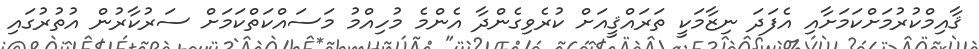
ޤާއިމްކުރުމަށްކަމަށާއި އެފަދަ ނިޒާމަކީ ތަރައްޤީއަށް ކުރެވިގެންދާ އެންމެ މުހިއްމު މަސައްކަތްކަމަށް ސަރުކާރުން އުތުރުގައި